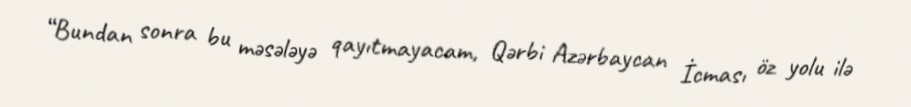
“Bundan sonra bu məsələyə qayıtmayacam, Qərbi Azərbaycan İcması öz yolu ilə